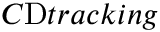
C _ { Ḋ } \mathrm { Ḋ } t r a c k i n g Ḍ Ḍ